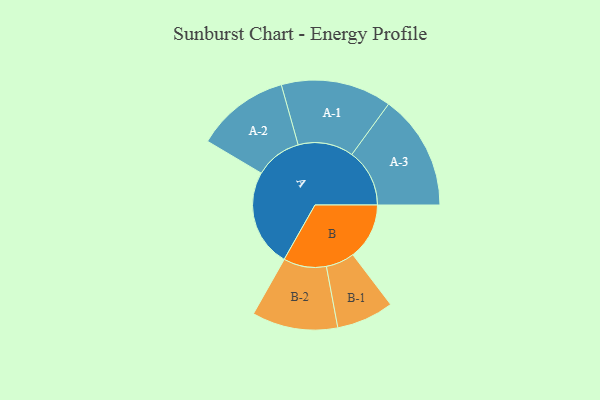
{"axis": {"x": "Segment", "y": "Value"}, "legend": ["", "A", "B"], "data": [{"x": "A", "y": 382, "type": ""}, {"x": "B", "y": 221, "type": ""}, {"x": "A-1", "y": 217, "type": "A"}, {"x": "A-2", "y": 183, "type": "A"}, {"x": "A-3", "y": 226, "type": "A"}, {"x": "B-1", "y": 112, "type": "B"}, {"x": "B-2", "y": 168, "type": "B"}]}